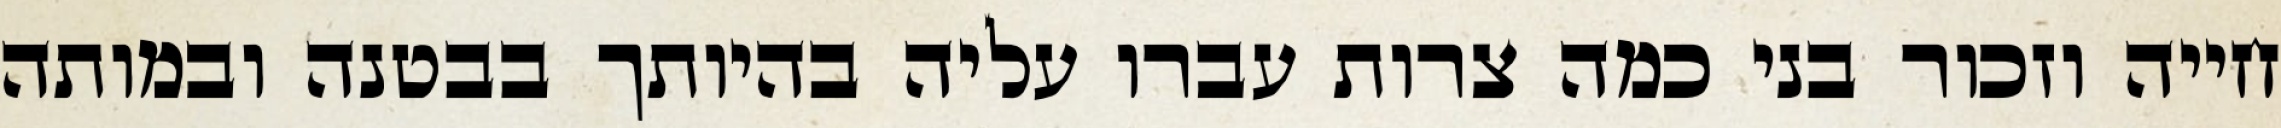
חייה וזכור בני כמה צרות עברו עליה בהיותך בבטנה ובמותה